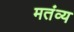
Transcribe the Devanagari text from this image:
मतंव्य